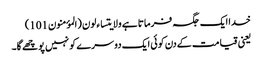
خدا ایک جگہ فرماتا ہے ولایتساءلون (المؤمنون101)
یعنی قیامت کےدن کوئی ایک دوسرے کو نہیں پوچھے گا۔